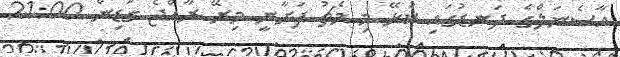
އާސެނަލްގެ ދަނޑުގައި ކުޅޭ މި މެޗު ފަށާނީ މިރޭ ރާއްޖެ ގަޑިން 21:00